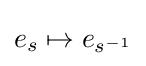
e_{s}\mapsto e_{s^{-1}}